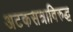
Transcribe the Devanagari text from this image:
अटकसत्राविरुद्ध